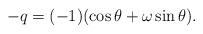
LaTeX: \begin{align*} -q=(-1)(\cos\theta+\omega\sin\theta).\end{align*}